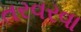
તરવરવા